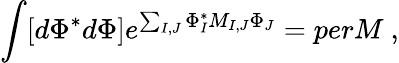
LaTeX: \int[d\Phi^{*}d\Phi]e^{\sum_{I,J}\Phi_{I}^{*}M_{I,J}\Phi_{J}}=perM\ ,